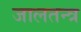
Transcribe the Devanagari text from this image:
जालतन्त्र